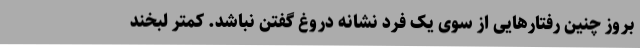
بروز چنین رفتارهایی از سوی یک فرد نشانه دروغ گفتن نباشد. کمتر لبخند